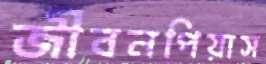
জীবনপিয়াস